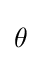
{\begin{aligned}\theta \end{aligned}}